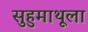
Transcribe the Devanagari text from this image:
सुहुमाथूला